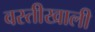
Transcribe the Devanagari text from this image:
वस्तीखाली